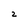
Character: 2